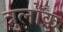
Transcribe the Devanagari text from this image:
त्रुलोक